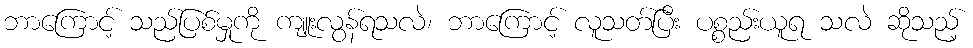
ဘာကြောင့် သည်ပြစ်မှုကို ကျူးလွန်ရသလဲ၊ ဘာကြောင့် လူသတ်ပြီး ပစ္စည်းယူရ သလဲ ဆိုသည့်